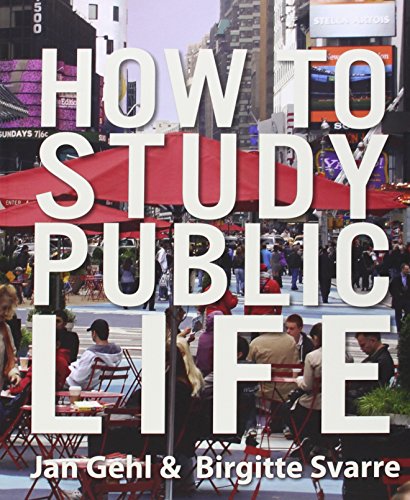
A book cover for How to Study Public Life; Jan Gehl; Arts & Photography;